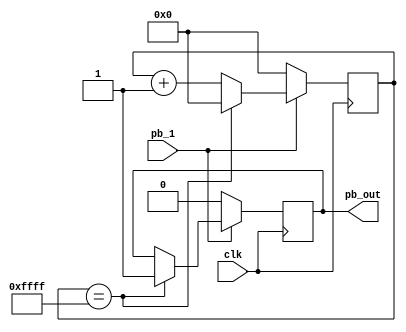
// Code your design here
module input_filtering(
	input pb_1,
	input clk,
	output pb_out
    );
	 
reg button_state_reg = 0;

reg [15:0] counter;

always @ (posedge clk)
begin
  if(pb_1 == 0) //If the button is idle, not pressed
	begin
		counter <= 0;
		button_state_reg <= 0;
	end
	else
	begin
		counter <= counter + 1'b1;
		if(counter == 16'hffff) //We hit counter max (all 1's)
		begin
			button_state_reg <= 1;
			counter <= 0;
		end
	end
end

assign pb_out = button_state_reg;

endmodule